Insane asylums in Bengal annual reports 1876-1887 - 1876-1887
Year: 1876
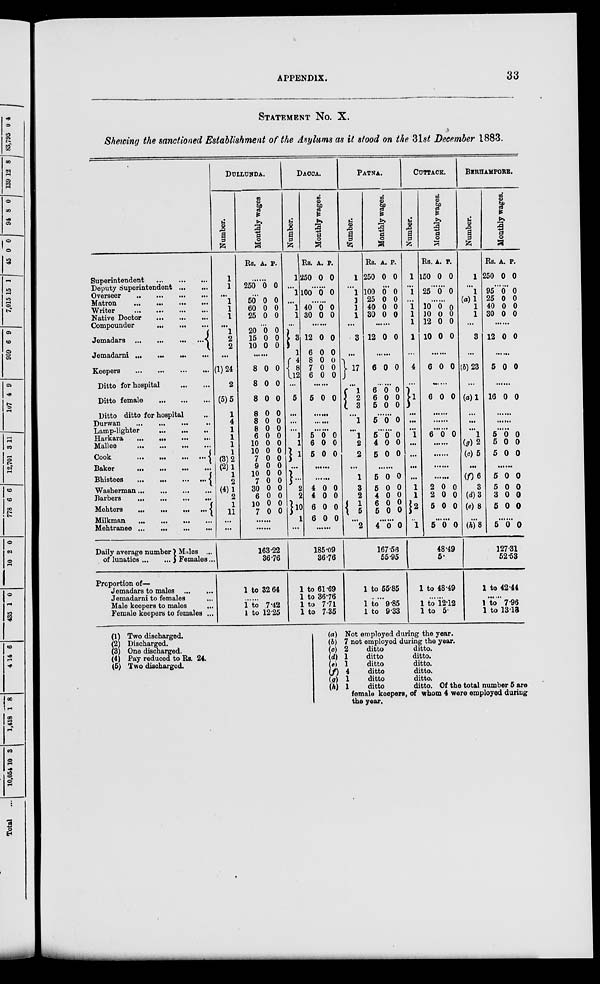
APPENDIX.
33
STATEMENT No. X.
Showing the sanctioned Establishment of the Asylums as it stood on the 31st December 1883.
Superintendent
...
...
...
Deputy Superintendent ... ...
Overseer
...
...
...
...
Matron
...
...
...
...
Writer
...
...
...
...
Native Doctor
...
...
...
Compounder
...
...
...
Jemadars ...
...
...
...
Jemadarni ... ... ... ...
Keepers
...
...
...
...
Ditto for hospital
...
...
Ditto female
...
...
...
Ditto ditto for hospital ...
Durwan ... ... ... ...
Lamp-lighter ... ... ...
Harkara
...
...
... ...
Mallee
...
...
...
...
Cook
...
...
...
...
Baker
...
...
...
...
Bhistees
...
...
...
...
Washerman
...
...
...
...
Barbers
...
...
...
...
Mehters
...
...
...
...
Milkman
...
...
...
...
Mehtranee
...
...
...
...
Daily average number
of lunatics ... ...
Males ...
Females...
Proportion of¬
Jemadars to males
...
...
Jemadarni to females ...
Male keepers to males ...
Female keepers to females ...
DULLUNDA.
Number.
1
1
...
1
1
1
...
1
2
2
(1)24
2
(5)5
1
4
1
1
1
1
(3)2
(2)1
1
2
(4)1
2
1
11
...
...
Monthly wages.
Rs. A. P.
......
250 0 0
......
50
60
25
0
0
0
0
0
0
......
20
15
10
0
0
0
0
0
0
......
8
8
8
8
8
8
6
10
10
7
9
10
7
30
6
10
7
0
0
0
0
0
0
0
0
0
0
0
0
0
0
0
0
0
0
0
0
0
0
0
0
0
0
0
0
0
0
0
0
0
0
......
......
163.22
36.76
1 to 32.64
......
1 to 7.42
1 to 12.25
DACCA.
Number.
1
...
1
...
1
1
...
3
1
4
8
l2
...
5
...
...
...
1
1
1
...
...
2
2
10
1
...
Monthly wages.
Rs.
250
A.
0
P.
0
......
100 0 0
......
40
30
0
0
0
0
......
12
6
8
7
6
0
0
0
0
0
0
0
0
0
0
......
5 0 0
......
......
......
5
6
5
0
0
0
0
0
0
......
......
4
4
6
6
0
0
0
0
0
0
0
0
......
185.09
36.76
1 to 61.69
1 to 36.76
1 to 7.71
1 to 7.35
PATNA.
Number.
1
...
1
1
1
1
...
3
...
17
...
1
2
3
...
1
...
1
2
2
...
1
3
2
1
5
...
2
Monthly wages.
Rs.
250
A.
0
P.
0
......
100
25
40
30
0
0
0
0
0
0
0
0
......
12 0 0
......
6 0 0
......
6
6
5
0
0
0
0
0
0
......
5 0 0
......
5
4
5
0
0
0
0
0
0
......
5
5
4
6
5
0
0
0
0
0
0
0
0
0
0
......
4 0 0
167.56
55.95
1 to 55.85
......
1 to 9.85
1 to 9.33
CUTTACK.
Number.
1
...
1
...
1
1
1
1
...
4
...
1
...
...
...
1
...
...
...
...
1
1
!2
...
1
Monthly wages.
Rs.
150
A.
0
P.
0
......
25 0 0
......
10
10
12
10
0
0
0
0
0
0
0
0
......
6 0 0
......
6 0 0
......
......
......
6 0 0
......
......
......
......
2
2
5
0
0
0
0
0
0
......
5 0 0
48.49
5.
1 to 48.49
......
1 to 12.12
1 to 5.
BERHAMPORE.
Number.
1
...
1
(a)1
1
1
...
3
...
(b)23
...
(a)l
...
...
...
1
(g) 2
(c)5
...
(f)6
3
(d)3
(e)8
...
(h) 8
Monthly wages.
Rs.
250
A.
0
P.
0
......
95
25
40
30
0
0
0
0
0
0
0
0
......
12 0 0
......
5 0 0
......
16 0 0
......
......
......
5
5
5
0
0
0
0
0
0
......
5
5
3
5
0
0
0
0
0
0
0
0
......
5 0 0
127.31
52.53
1 to 42.44
......
1 to 7.96
1 to 13.13
(1) Two discharged.
(2) Discharged.
(3) One discharged.
(4) Pay reduced to Rs. 24.
(5) Two discharged.
(a)
(b)
(c)
(d)
(e)
(f)
(g)
(h)
Not employed during the year.
7 not employed during the year.
2
ditto
ditto.
1
ditto
ditto.
1
ditto
ditto.
4
ditto
ditto.
1
ditto
ditto.
1
ditto
ditto. Of the total number 5 are
female keepers, of whom 4 were employed during
the year.